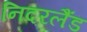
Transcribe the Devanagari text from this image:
निदरलैंड